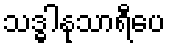
သဒ္ဓါနုသာရီပေ